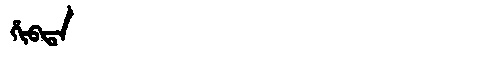
Manchu: ᡥᡳᠪᡨᠠ
Romanization: HIBTA